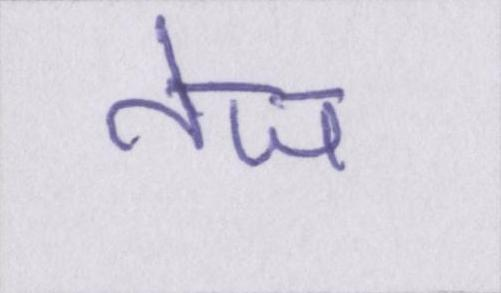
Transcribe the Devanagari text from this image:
तेज